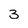
Character: 3